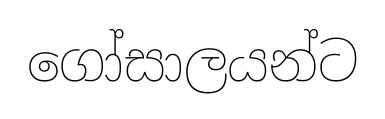
ගෝසාලයන්ට